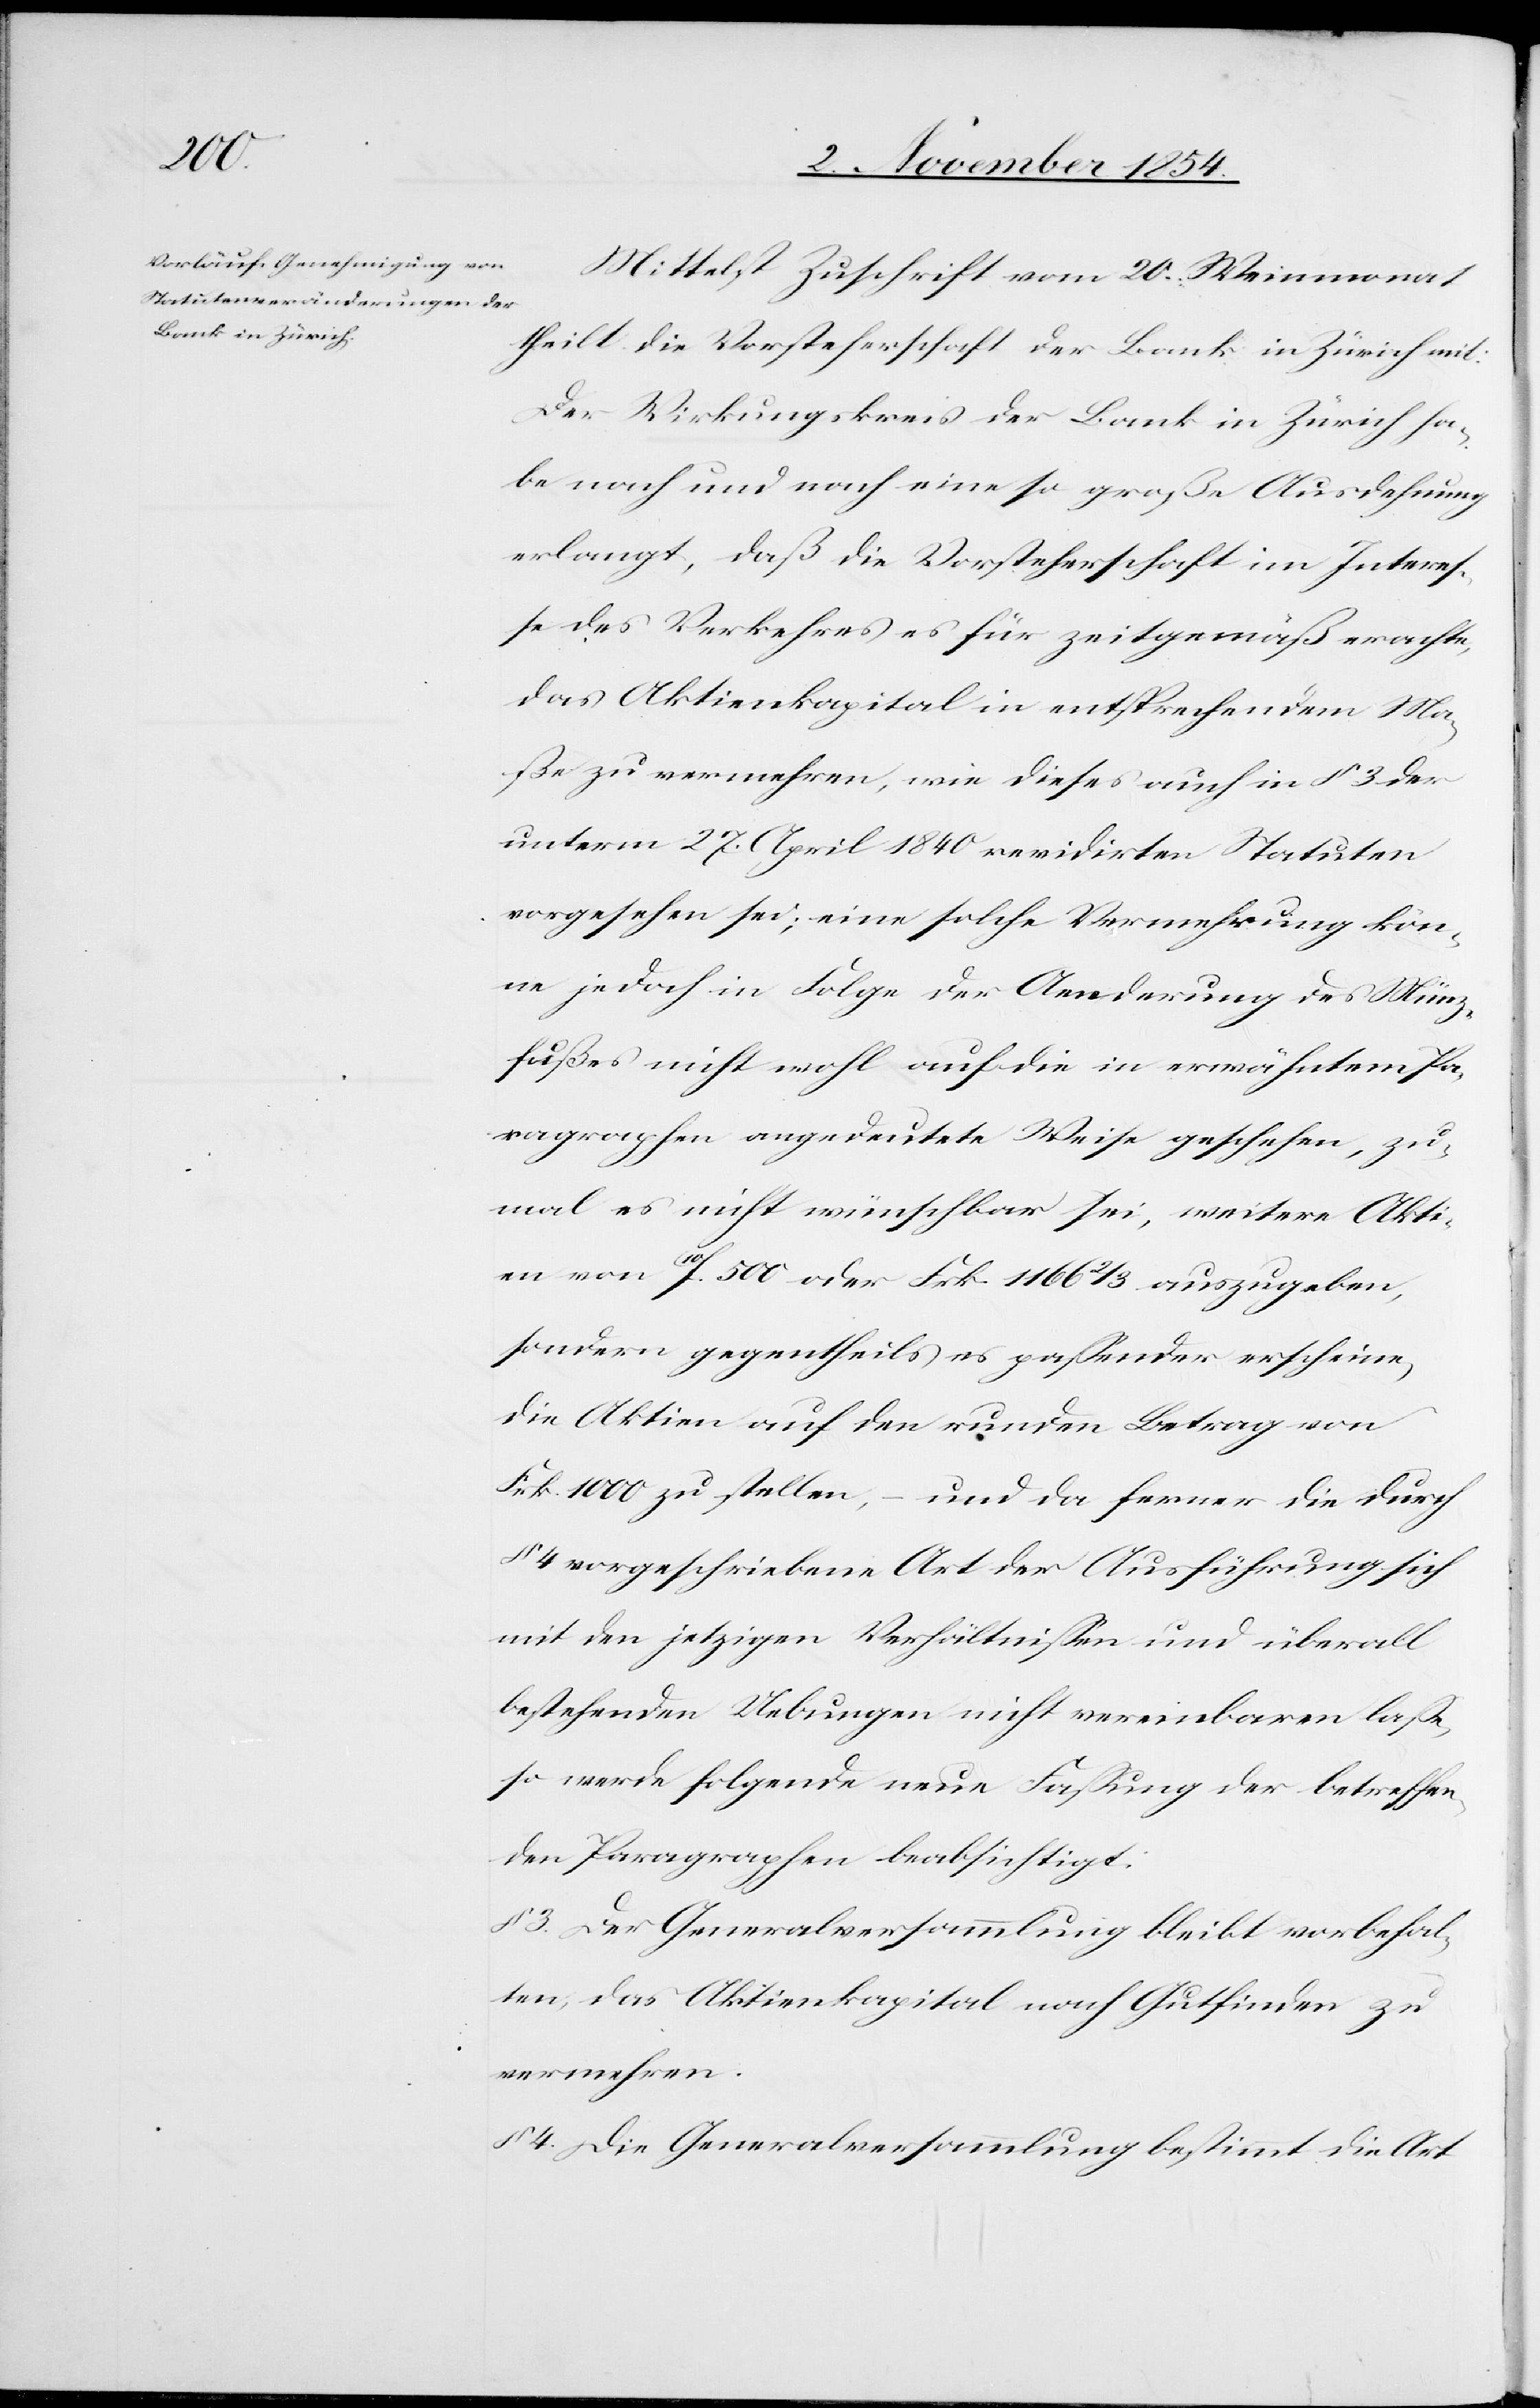
Mittelst Zuschrift vom 20. Weinmonat
theilt die Vorsteherschaft der Bank in Zürich mit:
Der Wirkungskreis der Bank in Zürich ha¬
be nach und nach eine so große Ausdehnung
erlangt, daß die Vorsteherschaft im Intere¬
ße des Verkehres es für zeitgemäß erachte,
das Aktienkapital in entsprechendem Ma¬
ße zu vermehren, wie dieses auch in § 3 der
unterm 27. April 1840 revidirten Statuten
vorgesehen sei; eine solche Vermehrung kön¬
ne jedoch in Folge der Aenderung des Münz¬
fußes nicht wohl auf die in erwähntem Pa¬
ragraphen angedeutete Weise geschehen, zu¬
mal es nicht wünschbar sei, weitere Akti¬
en von 10F. 500 oder Frk. 1166 2/3 auszugeben,
sondern gegentheils es paßender erscheine,
die Aktien auf den runden Betrag von
Frk. 1000 zu stellen, – und da ferner die durch
§ 4 vorgeschriebene Art der Ausführung sich
mit den jetzigen Verhältnißen und überall
bestehenden Uebungen nicht vereinbaren laße,
so werde folgende neue Faßung der betreffen¬
den Paragraphen beabsichtigt:
§ 3. Der Generalversammlung bleibt vorbehal¬
ten, das Aktienkapital nach Gutfinden zu
vermehren.
§ 4. Die Generalversammlung bestimmt die Art